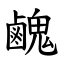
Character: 䴜